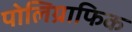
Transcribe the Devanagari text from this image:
पोलिग्राफिक